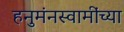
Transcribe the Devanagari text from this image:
हनुमंनस्वामींच्या